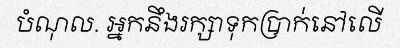
បំណុល. អ្នកនឹងរក្សាទុកប្រាក់នៅលើ